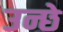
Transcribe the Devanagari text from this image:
उन्छे